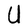
Character: U